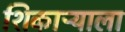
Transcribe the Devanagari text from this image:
शिकाऱ्याला